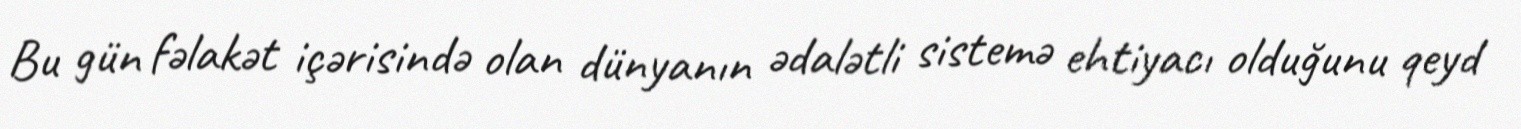
Bu gün fəlakət içərisində olan dünyanın ədalətli sistemə ehtiyacı olduğunu qeyd